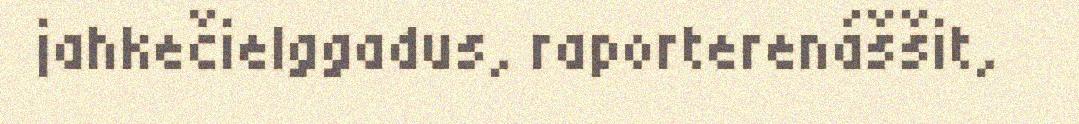
jahkečielggadus, raporterenáššit,